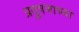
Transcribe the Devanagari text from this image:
प्रदुषणाच्या